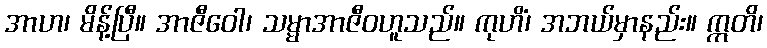
အာဟ၊ မိန့်ပြီ။ အာဇီဝေါ၊ သမ္မာအာဇီဝဟူသည်။ ကုဟိံ၊ အဘယ်မှာနည်း။ ဣတိ၊